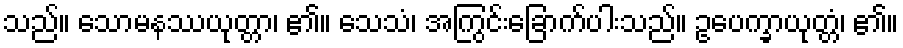
သည်။ သောမနဿယုတ္တာ၊ ၏။ သေသံ၊ အကြွင်းခြောက်ပါးသည်။ ဥပေက္ခာယုတ္တံ၊ ၏။